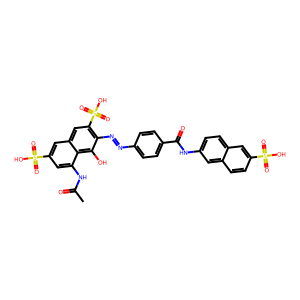
SMILES: CC(=O)Nc1cc(S(=O)(=O)O)cc2cc(S(=O)(=O)O)c(N=Nc3ccc(C(=O)Nc4ccc5cc(S(=O)(=O)O)ccc5c4)cc3)c(O)c12
Inhibits HIV replication: No